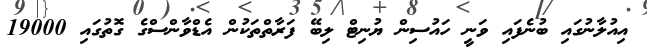
އިއުލާނުގައި ބުނެފައި ވަނީ ހައުސިން ޔުނިޓް ލިބޭ ފަރާތްތަކުން އެޑްވާންސްގެ ގޮތުގައި 19000